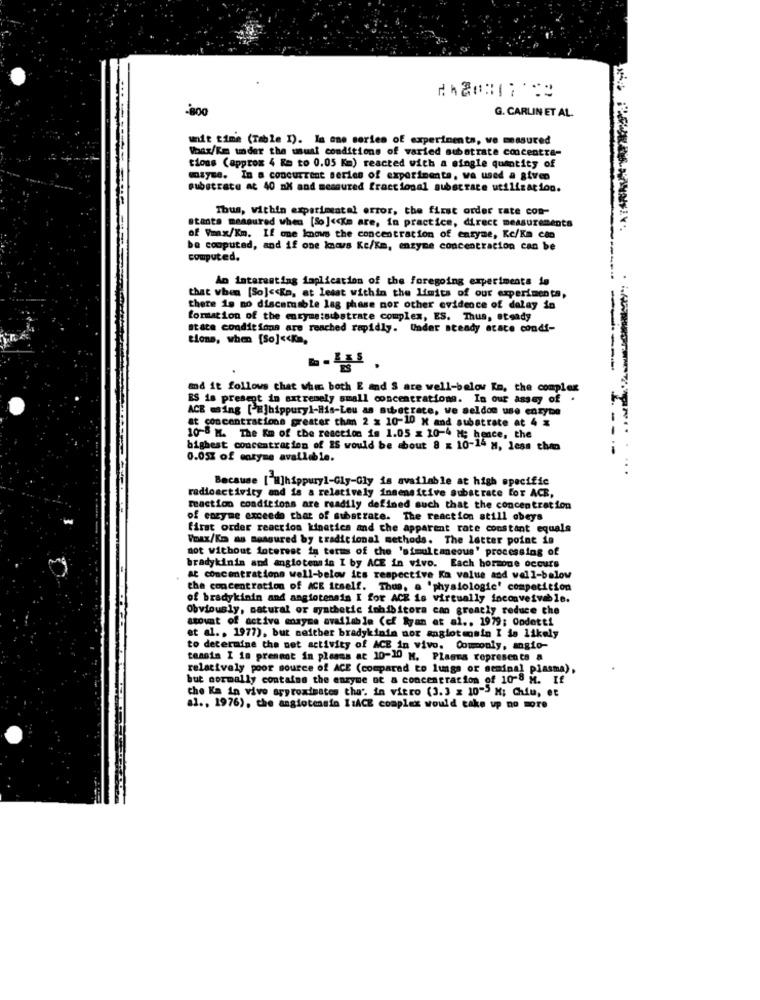
-800
G. CARLIN ET AL.
wit time (Table I). In one series of experiments, we measured
Vong/Km under the usual conditions of varied substrate concentra-
tions (approx 4 Em to 0.05 Km) reacted with a single quantity of
mayse. In a concurrent series of experimenta, we used a given
substrate at 40 mX and mescured fractional substrate utilization.
Thus, within experimental error, the first order rate con-
otanta measured when [So] << Km are, in practice, direct measurements
of Wmax/Km. If one knows the concentration of enzyme, Kc/Ka can
be computed, and if one knows Ke/Km, enzyme concentration can be
computed.
An interesting 1aplication of the Foregoing experiments in
that when [So] << Ka, at least within the limits of our experimenta,
thete 19 no discomumble lag phase por other evidence of delay in
formation of the enzyme:substrate complex, ES. Thus, steady
State conditions are reached rapidly. Under steady atace condi-
tions, when [So] << Ka,
and it follows that when both E and S are well-below Km, the complex
ES is present in extremely small concentrations. In our assey of
ACE ming [ E]hippuryl-His-Leu as substrate, we seldon use enzyme
at concentrations greater than 2 x 10-10 M and substrate at 4 x
10-8 H. The Em of the reaction is 1.05 x 20-4 Mt; hence, the
bighest concentration of IS would be about 8 x 10-14 H, less than
----
0.05% of etyme available.
Because [ H]hippury1-Gly-Gly is available at high specific
radioactivity and is a relatively insensitive Substrate for ACE,
meaction conditions are readily defined such that the concentration
of enzyme exceeds that of substrate. The reaction still obeys
first order reaction kinetics and che apparent rate constant equals
Vax/Km as measured by tradicional methods. The latter point in
not without interest in terms of the 'simultaneous' processing of
bradykinin and angiotensin I by ACE in vivo. Each hormone occurs
AC concentrations well-below ics respective Ka value and well-below
the concentration of ICE itself. Thus, a 'physiologie' competition
of bradykinin and angiotensin I for ACK is virtually inconveivable.
Obviously, natural or synthetic inhibitora can greatly reduce che
amount of active enzyme available (cf Ryan et al ., 1979; Oodetti
et al ., 1977), but neither bradykinin nor angiotensin I is likely
to determine the net activity of ACE in vivo. Commonly, angio-
tennis I in present in plasms at 10-10 H. Plaana representa a
relatively poor source of ACE (compared to lungs or seminal plasma),
but normally containe the enzyme of a concentration of 10-8 M. If
che Ka in vivo approximates the'. in vitro (3.3 x 10-5 M; Chiu, et
al ., 1976), the angiotensin I:ACE complex would take up no more